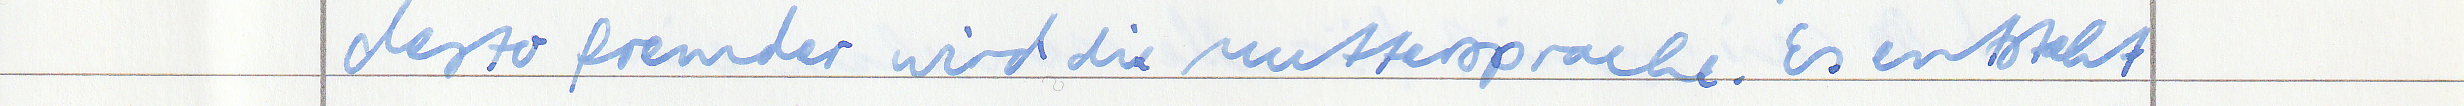
desto fremder wird die Muttersprache. Es entsteht